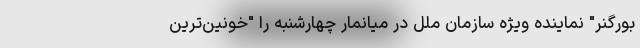
بورگنر" نماینده ویژه سازمان ملل در میانمار چهارشنبه را "خونین‌ترین